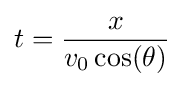
t={\frac {x}{v_{0}\cos(\theta )}}